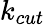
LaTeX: k_{cut}